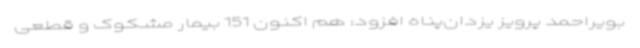
بویراحمد پرویز یزدان‌پناه افزود: هم اکنون 151 بیمار مشکوک و قطعی